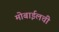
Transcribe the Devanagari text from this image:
मोबाईलची